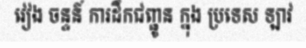
វៀង ចន្ទន៍ ការដឹកជញ្ជូន ក្នុង ប្រទេស ឡាវ